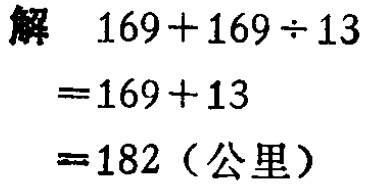
解

\[

\begin{align*}

&169 + 169\div13\\

=&169 + 13\\

=&182 \text{（公里）}

\end{align*}

\]